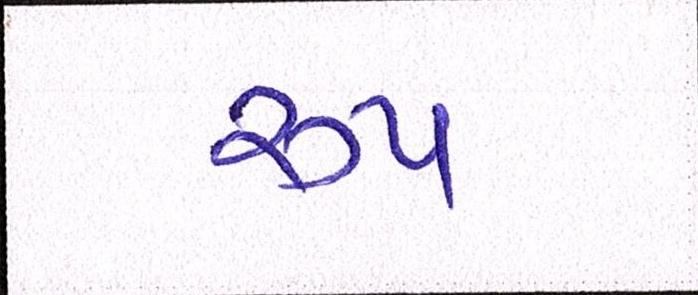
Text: રૂપ